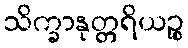
သိက္ခာနုတ္တရိယဉ္စ